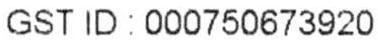
GST ID : 000750673920